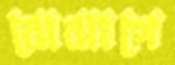
ঝেঝাপে